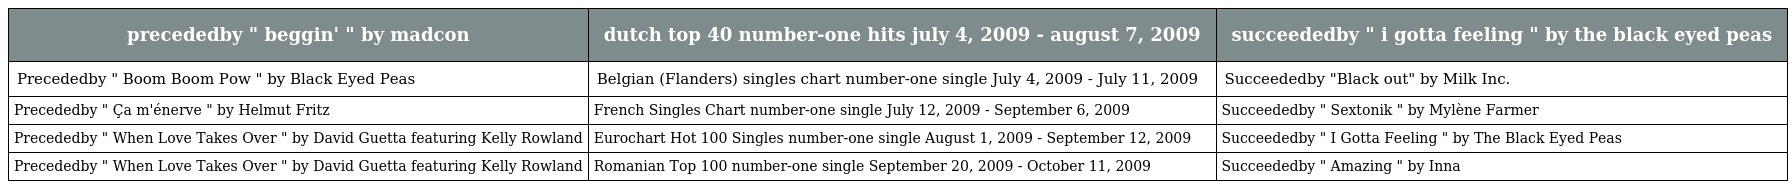
| precededby " beggin' " by madcon | dutch top 40 number-one hits july 4, 2009 - august 7, 2009 | succeededby " i gotta feeling " by the black eyed peas |
 | --- | --- | --- |
 | Precededby " Boom Boom Pow " by Black Eyed Peas | Belgian (Flanders) singles chart number-one single July 4, 2009 - July 11, 2009 | Succeededby "Black out" by Milk Inc. |
 | Precededby " Ça m'énerve " by Helmut Fritz | French Singles Chart number-one single July 12, 2009 - September 6, 2009 | Succeededby " Sextonik " by Mylène Farmer |
 | Precededby " When Love Takes Over " by David Guetta featuring Kelly Rowland | Eurochart Hot 100 Singles number-one single August 1, 2009 - September 12, 2009 | Succeededby " I Gotta Feeling " by The Black Eyed Peas |
 | Precededby " When Love Takes Over " by David Guetta featuring Kelly Rowland | Romanian Top 100 number-one single September 20, 2009 - October 11, 2009 | Succeededby " Amazing " by Inna |